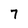
Character: 7